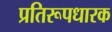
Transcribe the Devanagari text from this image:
प्रतिरूपधारक